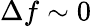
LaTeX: \Delta f\sim 0